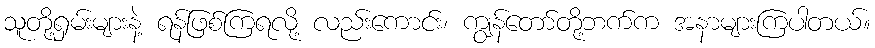
သူတို့ရှမ်းများနဲ့ ရန်ဖြစ်ကြရလို့ လည်းကောင်း၊ ကျွန်တော်တို့ဘက်က အနာများကြပါတယ်။